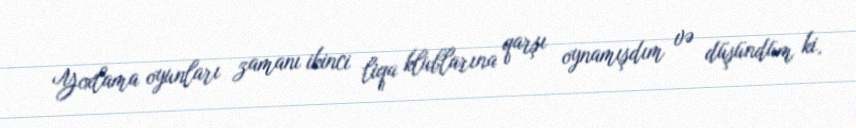
Yoxlama oyunları zamanı ikinci liqa klublarına qarşı oynamışdım və düşündüm ki,